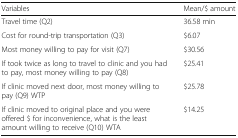
<table><thead><tr><td><b>Variables</b></td><td><b>Mean/$ amount</b></td></tr></thead><tbody><tr><td>Travel time (Q2)</td><td>36.58 min</td></tr><tr><td>Cost for round-trip transportation (Q3)</td><td>$6.07</td></tr><tr><td>Most money willing to pay for visit (Q7)</td><td>$30.56</td></tr><tr><td>If took twice as long to travel to clinic and you had to pay, most money willing to pay (Q8)</td><td>$25.41</td></tr><tr><td>If clinic moved next door, most money willing to pay (Q9) WTP</td><td>$25.78</td></tr><tr><td>If clinic moved to original place and you were offered $ for inconvenience, what is the least amount willing to receive (Q10) WTA</td><td>$14.25</td></tr></tbody></table>